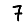
Digit: 7